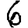
Digit: 6